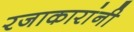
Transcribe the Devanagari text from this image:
रजाकारांनी